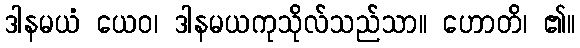
ဒါနမယံ ယေဝ၊ ဒါနမယကုသိုလ်သည်သာ။ ဟောတိ၊ ၏။